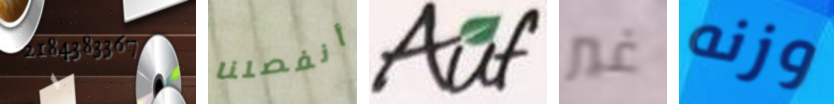
2184383367 أنفصلنا Auf غير وزنه